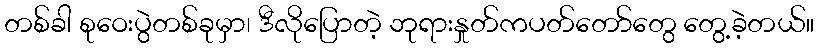
တစ်ခါ စုဝေးပွဲတစ်ခုမှာ၊ ဒီလိုပြောတဲ့ ဘုရားနှုတ်ကပတ်တော်တွေ တွေ့ခဲ့တယ်။